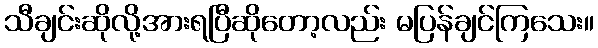
သီချင်းဆိုလို့အားရပြီဆိုတော့လည်း မပြန်ချင်ကြသေး။